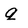
Character: q